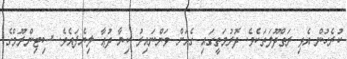
ކުރެހުން އެޅި ރަތްދޫލަތަކެވެ. ދޮރުމަތީގައި ގެއަށް ވަންނައިރު ކިޔާ ދުޢާ ލިޔެފައެވެ. ސިޓިންރޫމްގެ